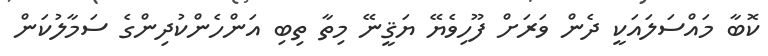
ކޮބާ މައްސަލައަކީ ދެން ވަރަށް ފޫހިވެޔޭ ޔަޤީނޭ މިތާ ތިބި އަންހެންކުދިންގެ ސަމާލުކަން